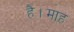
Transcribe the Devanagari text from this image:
है।माह